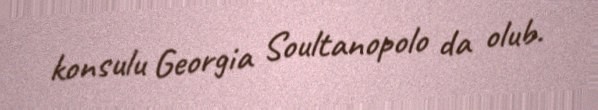
konsulu Georgia Soultanopolo da olub.